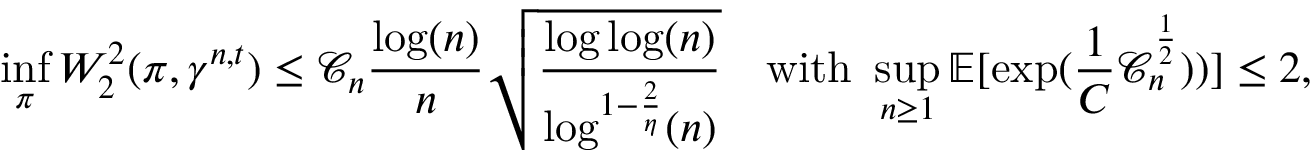
\operatorname* { i n f } _ { \pi } W _ { 2 } ^ { 2 } ( \pi , \gamma ^ { n , t } ) \leq \mathcal { C } _ { n } \frac { \log ( n ) } { n } \sqrt { \frac { \log \log ( n ) } { \log ^ { 1 - \frac { 2 } { \eta } } ( n ) } } \quad \mathrm { w i t h ~ } \operatorname* { s u p } _ { n \geq 1 } \mathbb { E } [ \exp ( \frac { 1 } { C } \mathcal { C } _ { n } ^ { \frac { 1 } { 2 } } ) ) ] \leq 2 ,